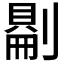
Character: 𠟔